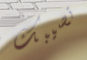
تصيبك